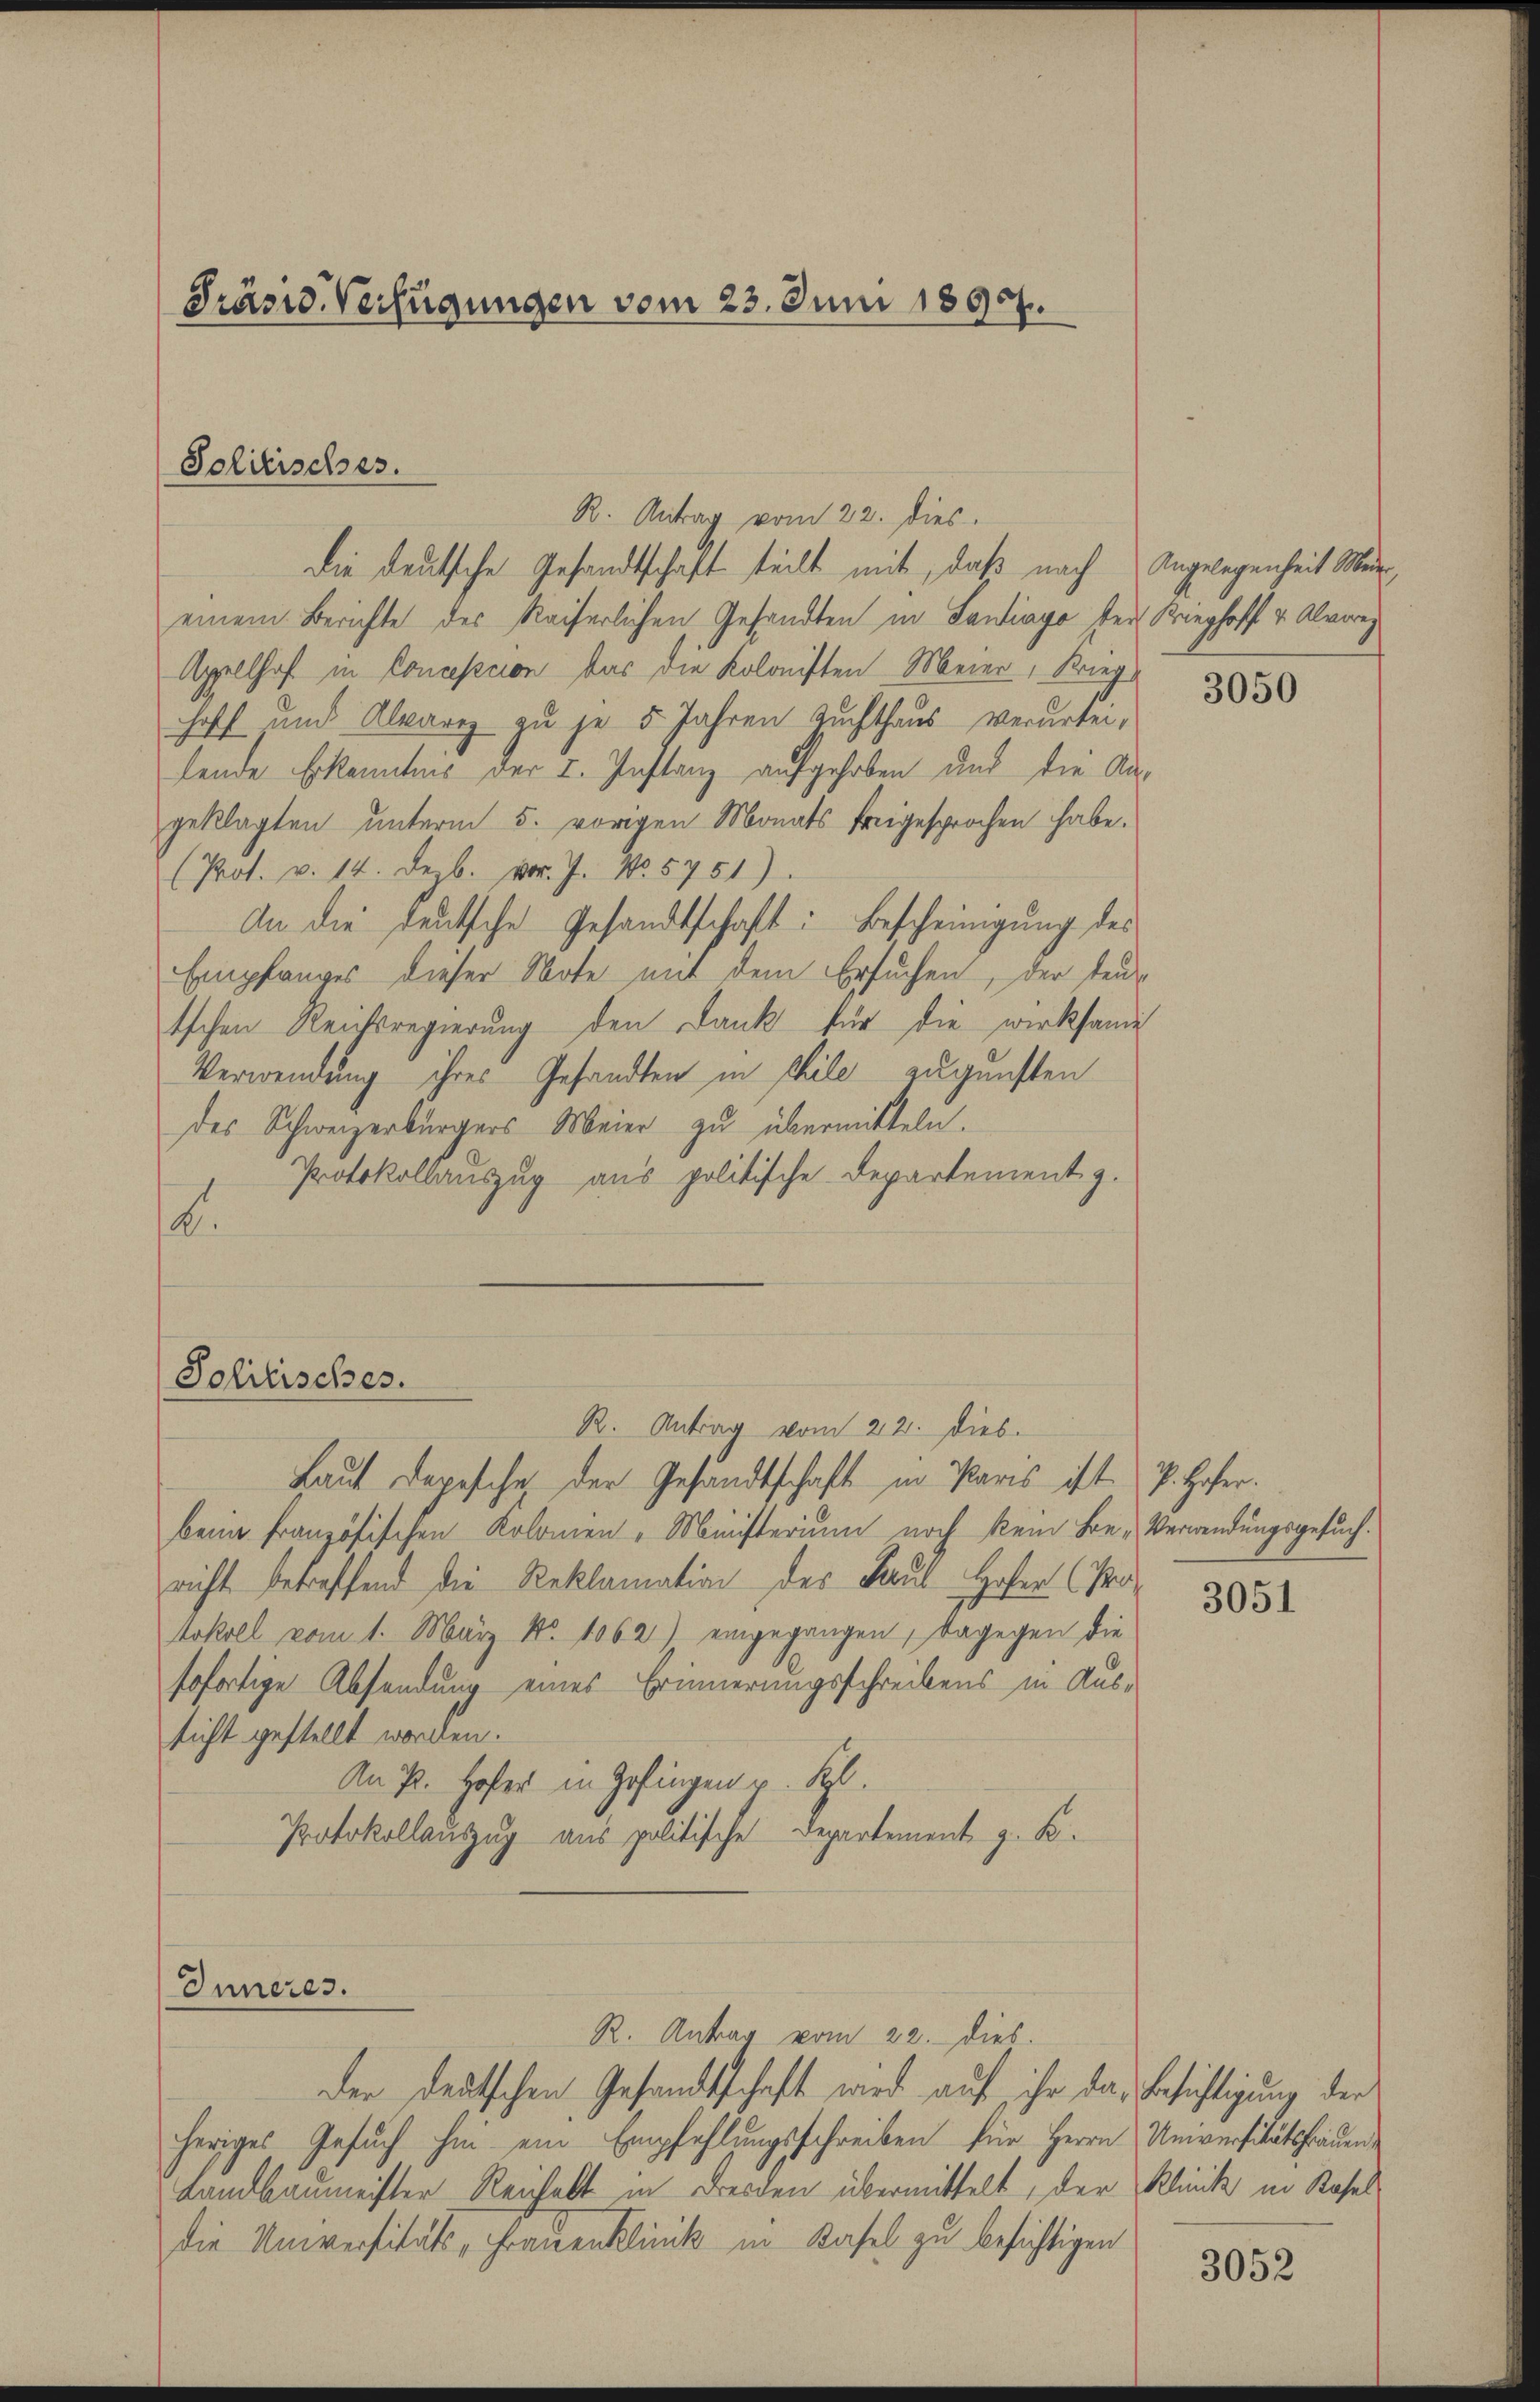
Präsid. Verfügungen vom 23. Juni 1890.

R. Antrag vom 22. dies
die deutsche Gesandtschaft teilt mit, daß nach
einem Berichte des Kaiserlichen Gesandten in Landiago der Krieghoff v. Alvareg
Appellhof in Conception bar die Kolonisten Meier, Krieg
hoff und Alvarez zu je 5 Jahren Zuchthaus verurtei-
lende Erkenntnis der I. Instanz aufgehoben und die Kageklagten unterm 5. vorigen Monats freigesprochen habe.
(Prot. v. 14. Dezb. vor. J. No. 5751).
An die deutsche Gesandtschaft: Bescheinigung des
Empfanges dieser Note mit dem Ersuchen, der Teutschen Reichsregierŭng den Dank für die wirksame
Verwendung ihres Gesandten in Chile zugunsten
des Schweizerbürgers Meier zu übermitteln.
Protokollauszug aus politische Departement z.
.

Solitisches.

Schilisches.

R. Antrag vom 22. Dieb.
Laut Depesche der Gesandtschaft in Paris ist k. Hofer.
beim französischen Kolomen-Ministerium noch kein Be- Verwendungsgesuch.
richt betreffend die Reklamation des Paul Hofer (Protokoll vom 1. März No. 1062) eingegangen, dagegen die
sofortige Absendung eines Erinnerungsschreibens in Aussicht gestellt worden.
An K. Hofer in Zofingen p. St.
Protokollauszug aus politische Departement z. B.

heriges Gesuch hin ein Empfehlungsschreiben für Herrn Universitätshauen¬
Landbaumeister Reichelt in Beiden übermittelt, der Klinik in Raseldie Universitäts- Frauenklinik in Basel zu besichtigen

Inneres.
R. Antrag vom 22. dies
der deutschen Gesandtschaft wird auf ihr das Besichtigung der

Angelegenheit Mein

3050

3051

3052